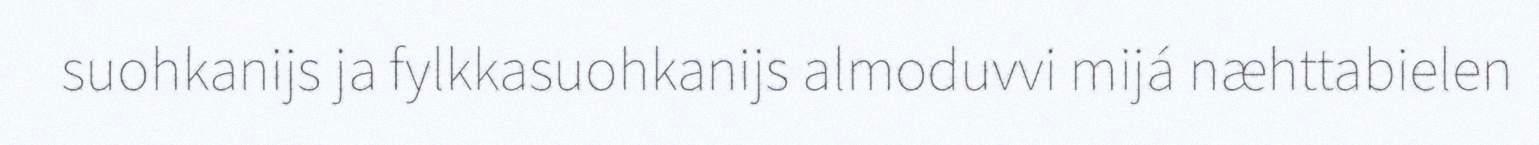
suohkanijs ja fylkkasuohkanijs almoduvvi mijá næhttabielen